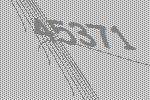
45371